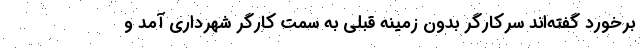
برخورد گفته‌اند سرکارگر بدون زمینه قبلی به سمت کارگر شهرداری آمد و